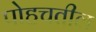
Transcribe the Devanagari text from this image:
पोहचतील